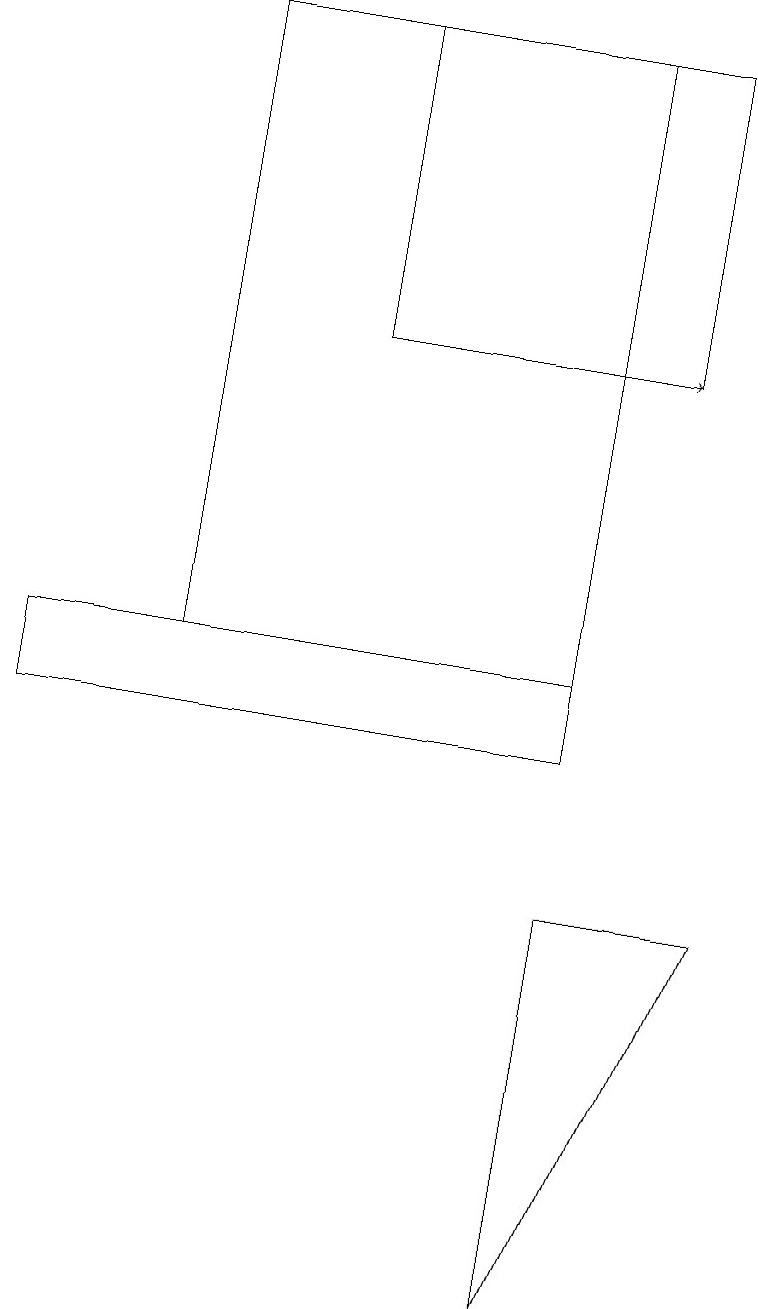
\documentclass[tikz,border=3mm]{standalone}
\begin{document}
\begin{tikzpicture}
\draw (7,8) -- (9,8) -- (7,3) -- cycle;
\draw (7,19) rectangle (2,11);
\draw (7,11) rectangle (0,10);
\draw (4,19) rectangle (8,15);
\draw[->] (4,15) -- (8,15);
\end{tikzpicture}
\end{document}